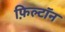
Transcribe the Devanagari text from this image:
फ़िल्टॉन